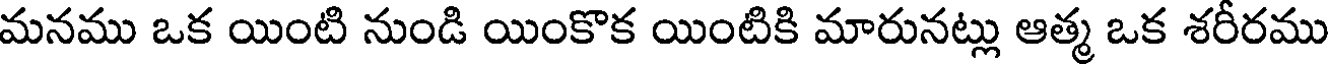
మనము ఒక యింటి నుండి యింకొక యింటికి మారునట్లు ఆత్మ ఒక శరీరము